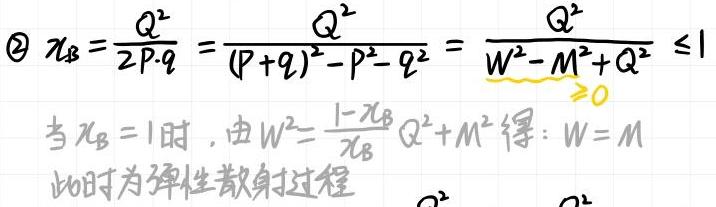
\[
\begin{align*}
\textcircled{2}\ \ \ x_B&=\frac{Q^2}{2P\cdot q}=\frac{Q^2}{(P + q)^2 - P^2 - q^2}=\frac{Q^2}{W^2 - M^2+Q^2}\leq1\\
&\text{当}x_B = 1\text{时，由}W^2=\frac{1 - x_B}{x_B}Q^2+M^2\text{得：}W = M\\
&\text{此时为弹性散射过程}
\end{align*}
\]